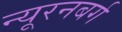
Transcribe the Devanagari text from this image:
न्यूरनबर्ग